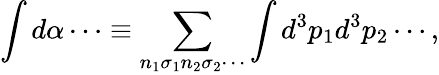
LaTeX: \int d\alpha\cdots\equiv\sum_{n_{1}\sigma_{1}n_{2}\sigma_{2}\cdots}\int d^{3}p_{1}d^{3}p_{2}\cdots,